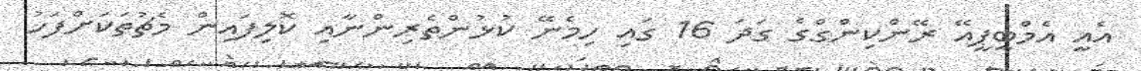
އެއީ އެމްބީޕީއޭ ރޭންކިންގްގެ ގަދަ 16 ގައި ހިމެނޭ ކުޅުންތެރިންނާއި ކޮލިފައިން މެޗުތަކަށްފަހު